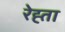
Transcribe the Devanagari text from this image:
रेह्ता